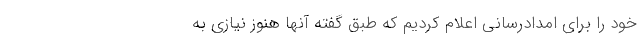
خود را برای امدادرسانی اعلام کردیم که طبق گفته آنها هنوز نیازی به